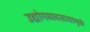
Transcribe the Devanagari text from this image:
उद्योगव्यवसायामुळे